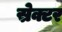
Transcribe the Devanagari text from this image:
स्रेक्टर